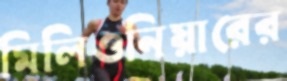
মিলিওনিয়ারের